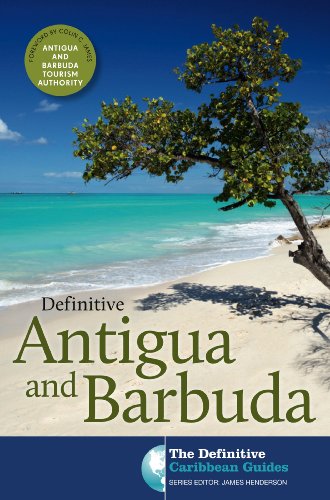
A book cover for Definitive Antigua and Barbuda (The Definitive Caribbean Guides); James Henderson; Travel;